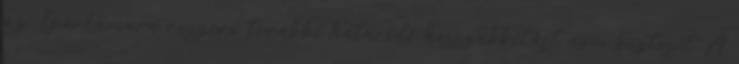
az Iparkamara részére további határidő hosszabbítást nem biztosít. A